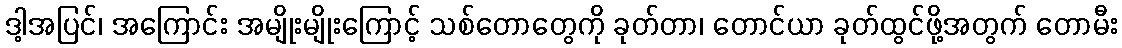
ဒါ့အပြင်၊ အကြောင်း အမျိုးမျိုးကြောင့် သစ်တောတွေကို ခုတ်တာ၊ တောင်ယာ ခုတ်ထွင်ဖို့အတွက် တောမီး